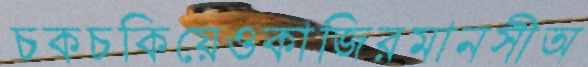
চকচকিয়েওকাজিরমানসীঅ